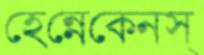
হেন্নেকেনস্